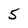
Character: 5